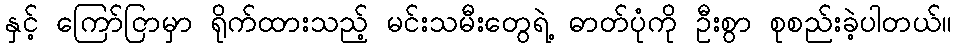
နှင့် ကြော်ငြာမှာ ရိုက်ထားသည့် မင်းသမီးတွေရဲ့ ဓာတ်ပုံကို ဦးစွာ စုစည်းခဲ့ပါတယ်။